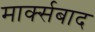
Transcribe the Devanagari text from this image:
मार्क्सबाद